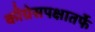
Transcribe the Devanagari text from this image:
काँग्रेसपक्षातर्फे